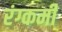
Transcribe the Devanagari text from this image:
रंग्कर्मी